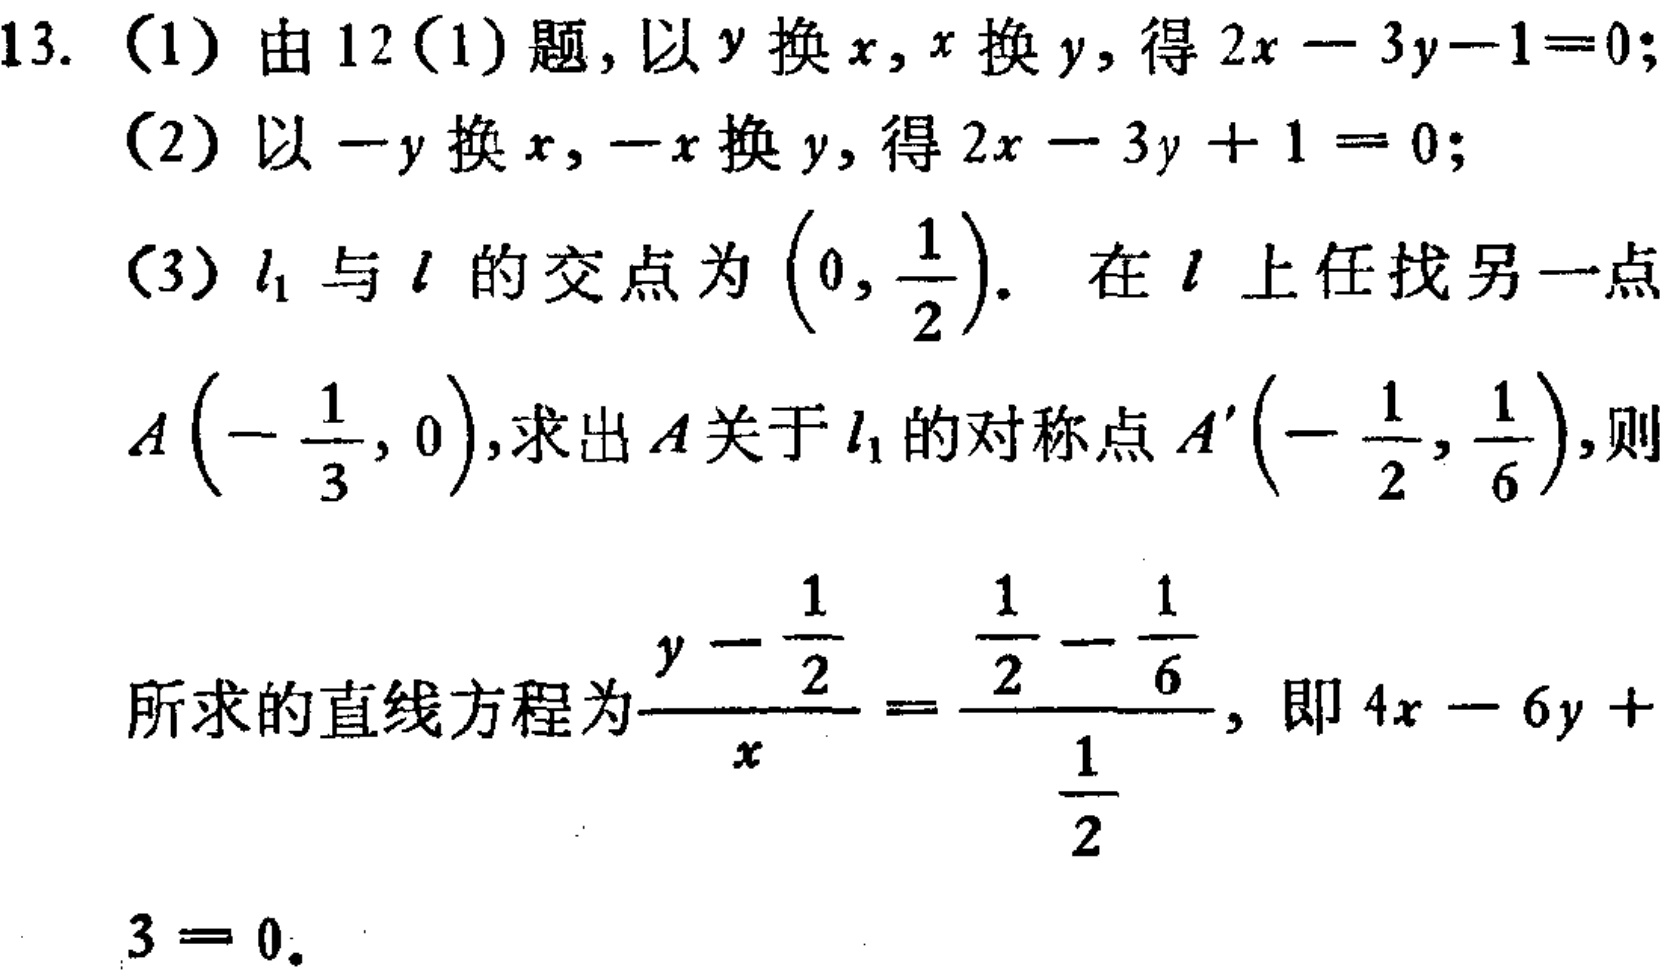
13. (1) 由 12(1) 题，以 \(y\) 换 \(x\)，\(x\) 换 \(y\)，得 \(2x - 3y - 1 = 0\)；
(2) 以 \(-y\) 换 \(x\)，\(-x\) 换 \(y\)，得 \(2x - 3y + 1 = 0\)；
(3) \(l_1\) 与 \(l\) 的交点为 \(\left(0,\frac{1}{2}\right)\). 在 \(l\) 上任找另一点 \(A\left(-\frac{1}{3},0\right)\)，求出 \(A\) 关于 \(l_1\) 的对称点 \(A'\left(-\frac{1}{2},\frac{1}{6}\right)\)，则
所求的直线方程为\(\frac{y - \frac{1}{2}}{x}=\frac{\frac{1}{2}-\frac{1}{6}}{\frac{1}{2}}\)，即 \(4x - 6y + 3 = 0\).